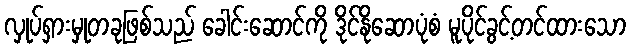
လှုပ်ရှားမှုတခုဖြစ်သည် ခေါင်းဆောင်ကို ဒိုင်နိုဆောပုံစံ မူပိုင်ခွင့်တင်ထားသော